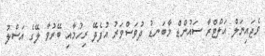
ވެޖައިނަލް އަލްޓްރާ ސައުންޑް މާބަނޑު ދުވަސްވަރު އުފެދޭ ރިހުމާއި ބޭރުވާ ލޭގެ އަސްލު